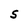
Character: S